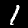
Label: 1